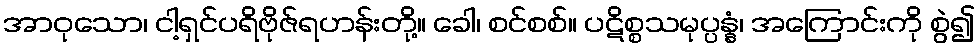
အာဝုသော၊ ငါ့ရှင်ပရိဗိုဇ်ရဟန်းတို့။ ခေါ၊ စင်စစ်။ ပဋိစ္စသမုပ္ပန္နံ၊ အကြောင်းကို စွဲ၍